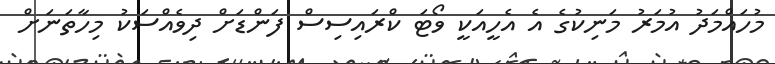
މުހައްމަދު އުމަރު މަނިކުގެ އެ އެހީއަކީ ވޯޓަ ކްރައިސިސް ފަންޑަށް ދިވެއްސަކު މިހާތަނަށް